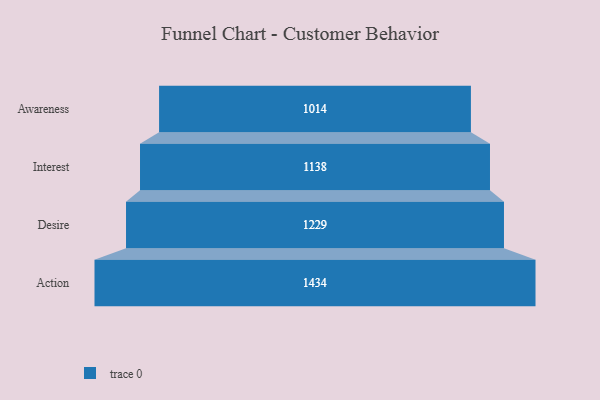
{"axis": {"x": "Stage", "y": "Value"}, "legend": [""], "data": [{"x": "Awareness", "y": 1014.0, "type": ""}, {"x": "Interest", "y": 1138.0, "type": ""}, {"x": "Desire", "y": 1229.0, "type": ""}, {"x": "Action", "y": 1434.0, "type": ""}]}